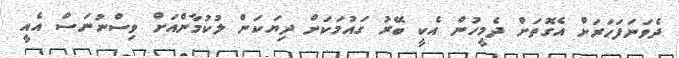
ދެވަނަފަހަރަށް އެގޮތަށް ދެމީހުން އެކީ ބޭރު ގައުމަކަށް ދިޔަކަން ލުކުމާންއަށް ވިސްނުނަސް އެއީ